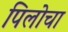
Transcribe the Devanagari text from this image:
पिलोचा